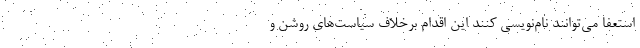
استعفا می‌توانند نام‌نویسی کنند این اقدام برخلاف سیاست‌های روشن و